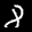
Label: 8